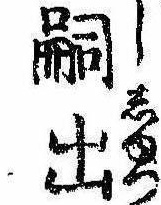
嗣出